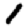
Digit: 1